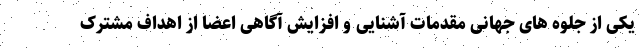
یکی از جلوه های جهانی مقدمات آشنایی و افزایش آگاهی اعضا از اهداف مشترک